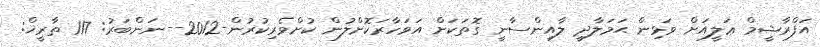
އަފްރާޝީމް ޢަލީއަށް ވަޅިން ޙަމަލާދީ ލާއިންސާނީ ގޮތަކަށް އަވަހާރަކޮށްލުން ކުށްވެރިކުރުން-2012--ނަންބަރު: 117 ތާރީޚް: